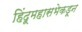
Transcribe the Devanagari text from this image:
हिंदूमहासभेकडून